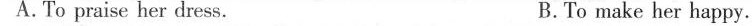
A.To praise her dress. B.To make her happy.